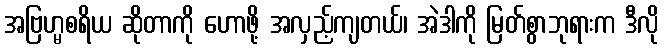
အဗြဟ္မစရိယ ဆိုတာကို ဟောဖို့ အလှည့်ကျတယ်၊ အဲဒါကို မြတ်စွာဘုရားက ဒီလို